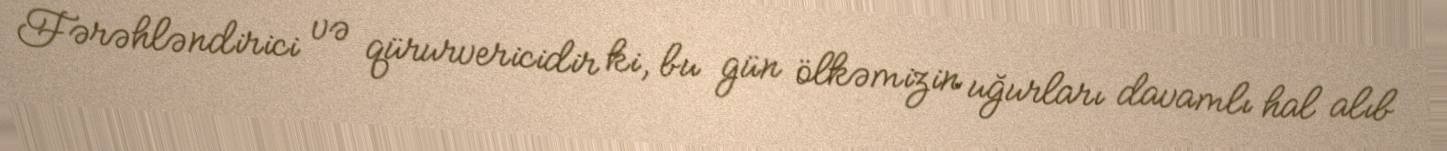
Fərəhləndirici və qürurvericidir ki, bu gün ölkəmizin uğurları davamlı hal alıb